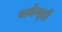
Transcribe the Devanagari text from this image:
गर्भगृहों